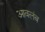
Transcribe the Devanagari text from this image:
आवलंब